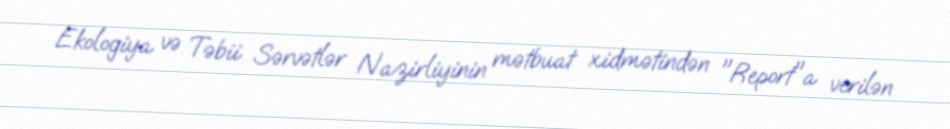
Ekologiya və Təbii Sərvətlər Nazirliyinin mətbuat xidmətindən "Report"a verilən